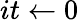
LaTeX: it\leftarrow 0